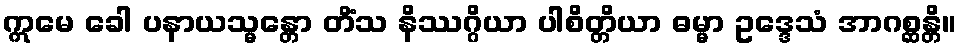
ဣမေ ခေါ ပနာယသ္မန္တော တိံသ နိဿဂ္ဂိယာ ပါစိတ္တိယာ ဓမ္မာ ဥဒ္ဒေသံ အာဂစ္ဆန္တိ။